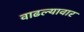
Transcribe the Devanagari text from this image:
वाढल्यावार